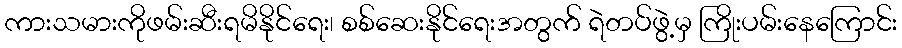
ကားသမားကိုဖမ်းဆီးရမိနိုင်ရေး၊ စစ်ဆေးနိုင်ရေးအတွက် ရဲတပ်ဖွဲ့မှ ကြိုးပမ်းနေကြောင်း